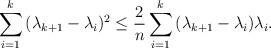
LaTeX: \begin{align*}\sum\limits_{i = 1}^k {({\lambda _{k + 1}} - {\lambda_i}} {)^2} \le \frac{2}{n}\sum\limits_{i = 1}^k {({\lambda _{k + 1}}- {\lambda _i}} ){\lambda _i}.\end{align*}